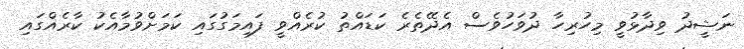
ނަޝީދު ވިދާޅުވީ މިހުރިހާ ދުވަހުވެސް އެދޭތެރެ ކަޑައްތު ކުރެއްވީ ފައިމަގުގައި ކަމަށްވުމާއެކު ކާރެއްގައި